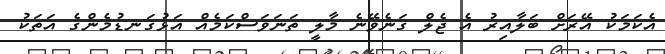
އެކަމަކު އޭރަށް ބަލާއިރު އެ ޖެލް ގަނެވޭނެ މާލީ ތަނަވަސްކަމެއް އަޅުގަނޑުމެންގެ އަތަކު